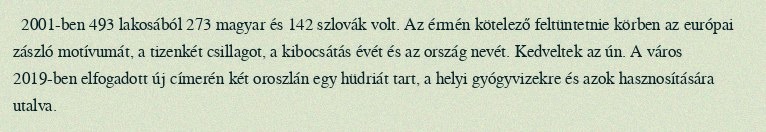
2001-ben 493 lakosából 273 magyar és 142 szlovák volt. Az érmén kötelező feltüntetnie körben az európai zászló motívumát, a tizenkét csillagot, a kibocsátás évét és az ország nevét. Kedveltek az ún. A város 2019-ben elfogadott új címerén két oroszlán egy hüdriát tart, a helyi gyógyvizekre és azok hasznosítására utalva.